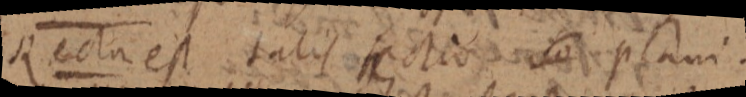
Recta est talis sectio so plani.